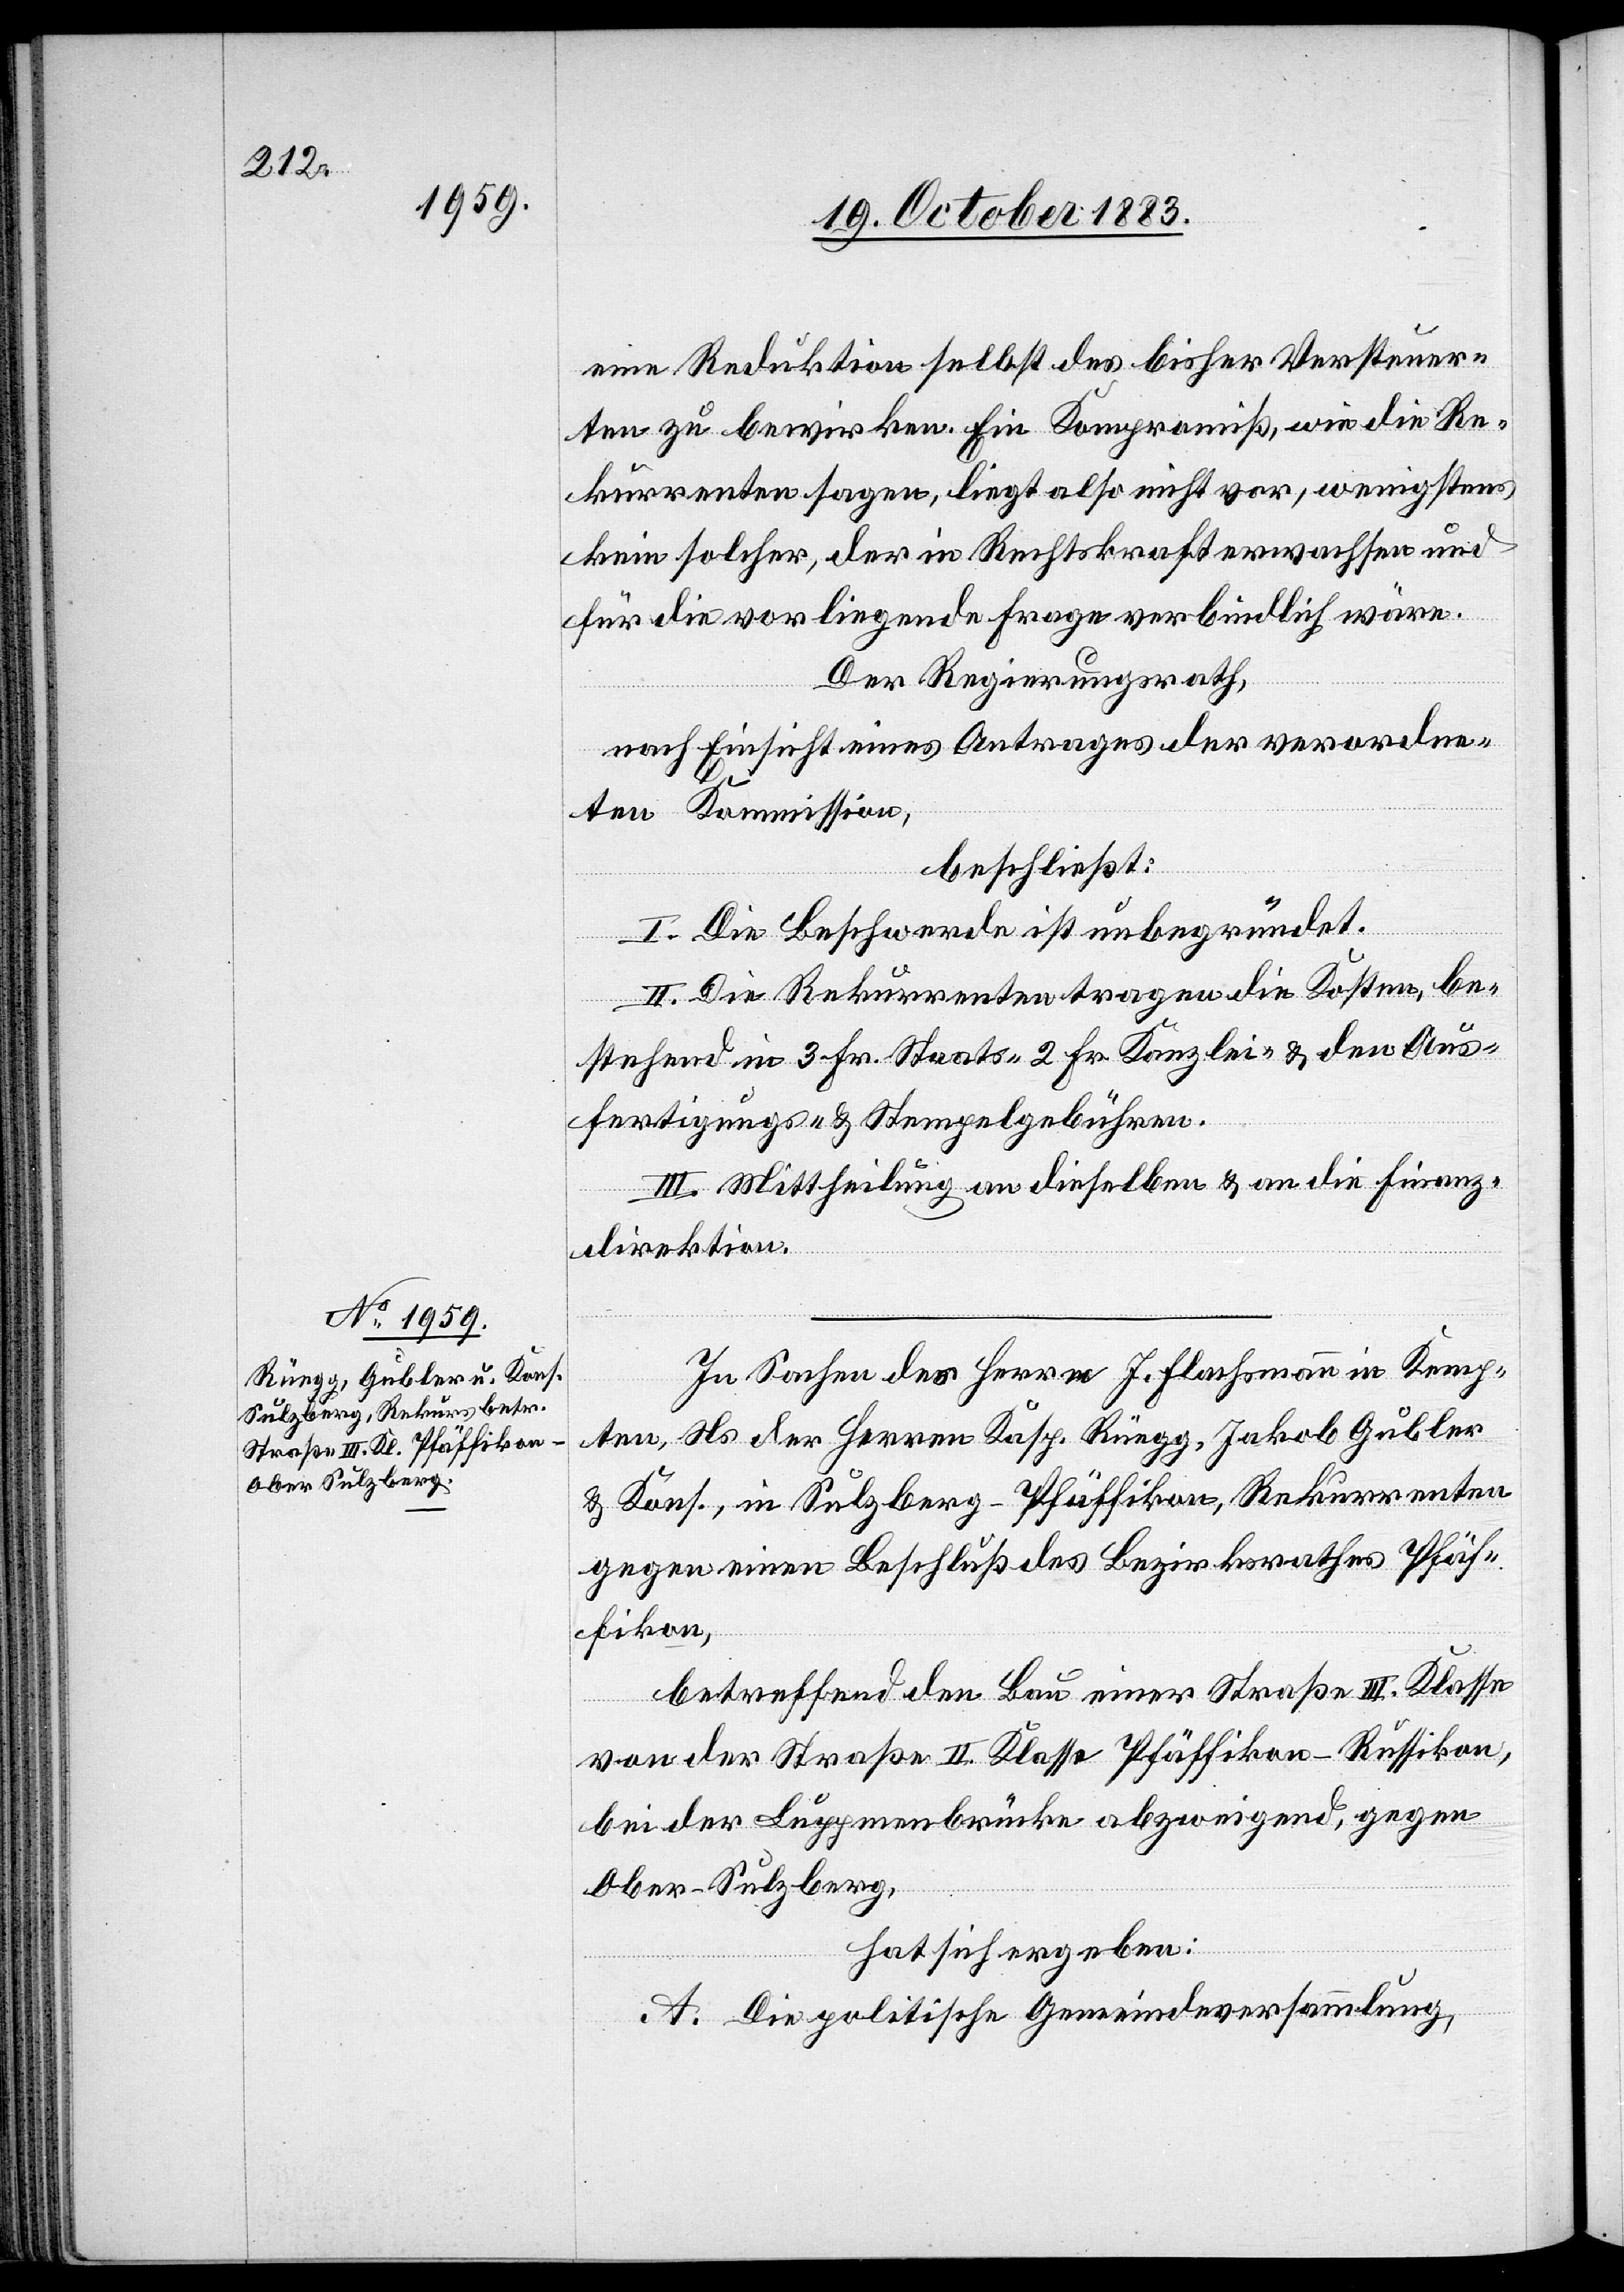
eine Reduktion selbst des bisher Versteuer¬
ten zu bewirken. Ein Kompromiß, wie die Re¬
kurrenten sagen, liegt also nicht vor, wenigstens
kein solcher, der in Rechtskraft erwachsen und
für die vorliegende Frage verbindlich wäre.
Der Regierungsrath,
nach Einsicht eines Antrages der verordne¬
ten Kommission,
beschließt:
I. Die Beschwerde ist unbegründet.
II. Die Rekurrenten tragen die Kosten, be¬
stehend in 3 Fr. Staats-[,] 2 Fr. Kanzlei- & den Aus¬
fertigungs- & Stempelgebühren.
II. Mittheilung an dieselben & an die Finanz¬
direktion.
In Sachen des Herrn J. Flachsmann in Kemp¬
ten, Ns. der Herren Kasp. Rüegg, Jakob Gubler
& Kons., in Sulzberg - Pfäffikon, Rekurrenten
gegen einen Beschluß des Bezirksrathes Pfäf¬
fikon,
betreffend den Bau einer Straße III. Klasse
von der Straße II. Klasse Pfäffikon–Russikon,
bei der Luppmenbrücke abzweigend, gegen
Ober-Sulzberg,
hat sich ergeben:
A. Die politische Gemeindsversammlung,